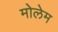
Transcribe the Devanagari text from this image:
मोलेम